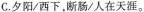
C.夕阳/西下，断肠/人在天涯。